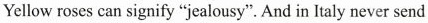
Yellow roses can signify "jealousy". And in ltaly never send